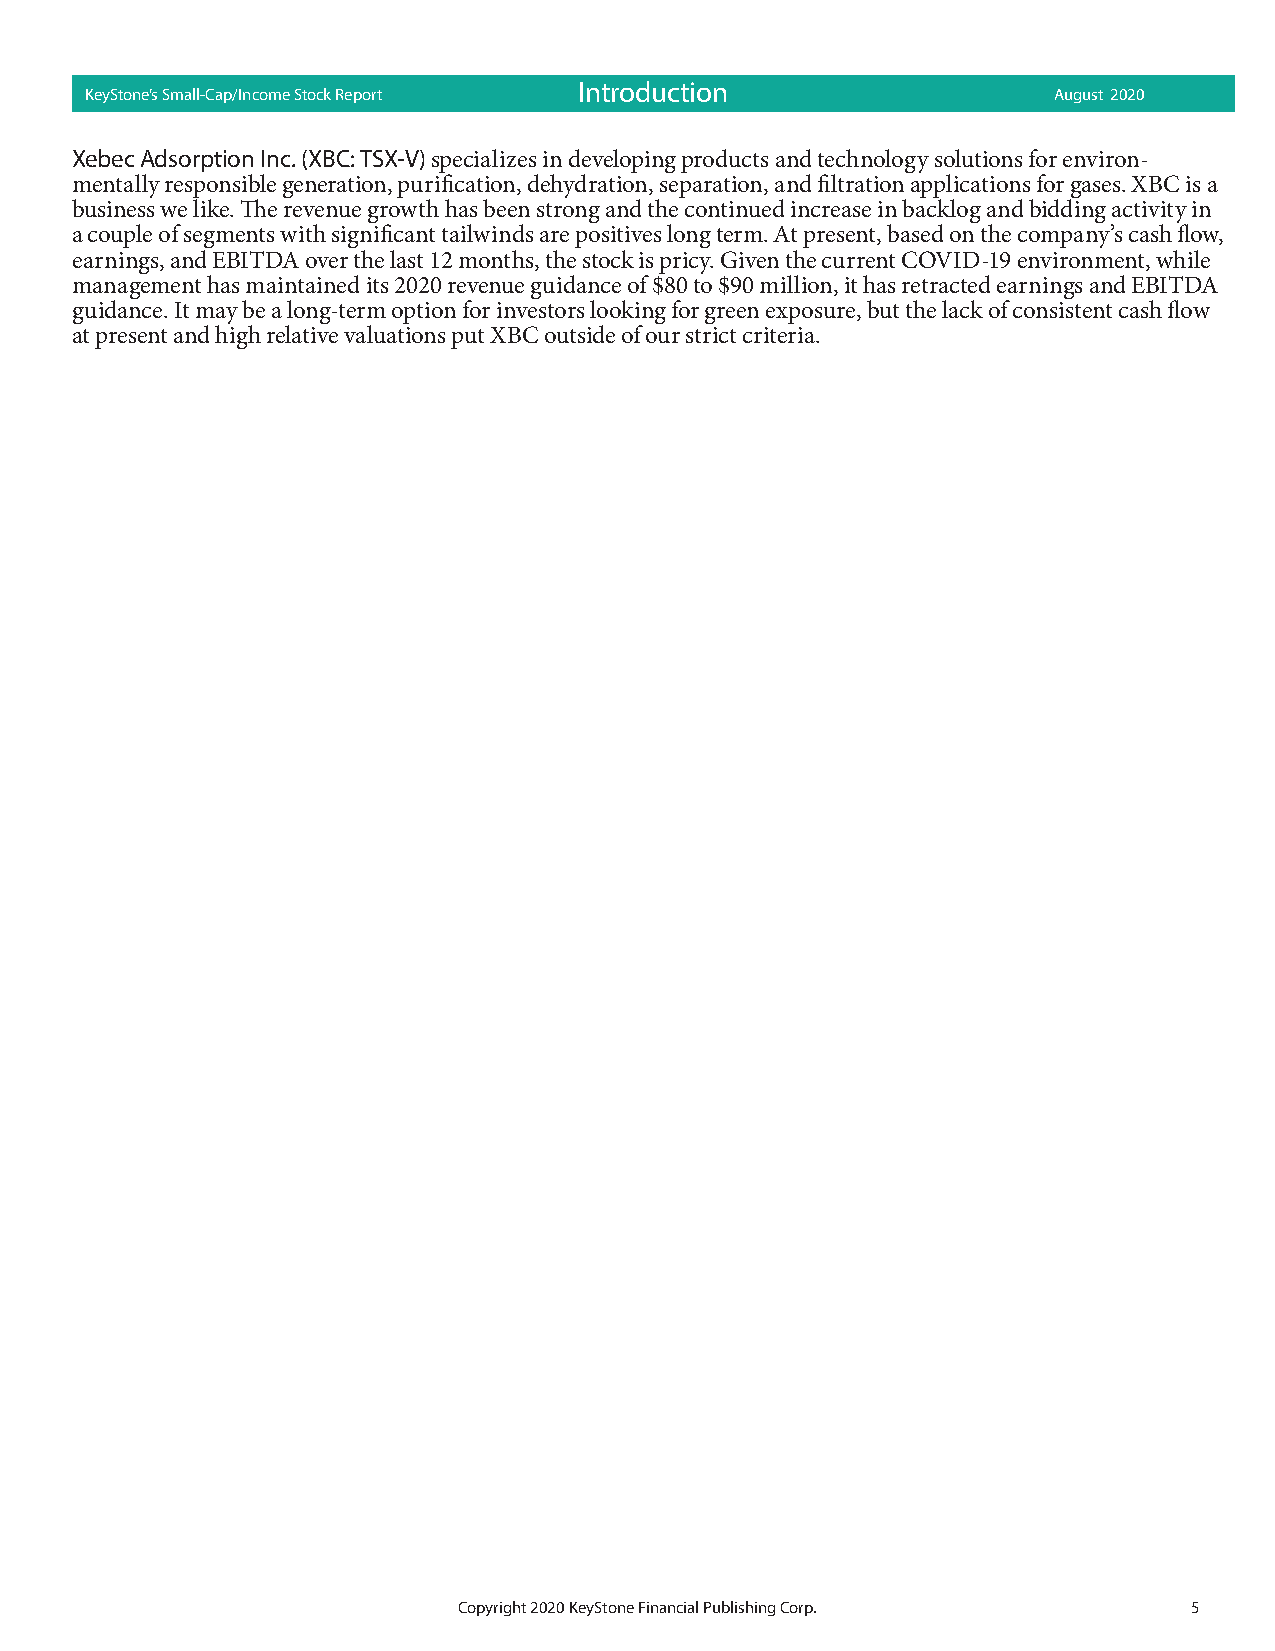
Introduction
 KeyStone’s Small-Cap/Income Stock Report                        August 2020
 Xebec Adsorption Inc. (XBC: TSX-V) specializes in developing products and technology solutions for environ-
 mentally responsible generation, purification, dehydration, separation, and filtration applications for gases. XBC is a
 business we like. The revenue growth has been strong and the continued increase in backlog and bidding activity in
 a couple of segments with significant tailwinds are positives long term. At present, based on the company’s cash flow,
 earnings, and EBITDA over the last 12 months, the stock is pricy. Given the current COVID-19 environment, while
 management has maintained its 2020 revenue guidance of $80 to $90 million, it has retracted earnings and EBITDA
 guidance. It may be a long-term option for investors looking for green exposure, but the lack of consistent cash flow
 at present and high relative valuations put XBC outside of our strict criteria.
 Copyright 2020 KeyStone Financial Publishing Corp. 5